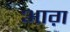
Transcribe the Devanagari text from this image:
आग़